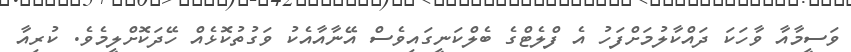
ވަސީމާއާ ވާހަކަ ދައްކާލުމަށްފަހު އެ ފްލެޓްގެ ބެލްކަނީގައިވެސް އޭނާއާއެކު ވަގުތުކޮޅެއް ހޭދަކޮށްލީމެވެ. ކުރިއާ